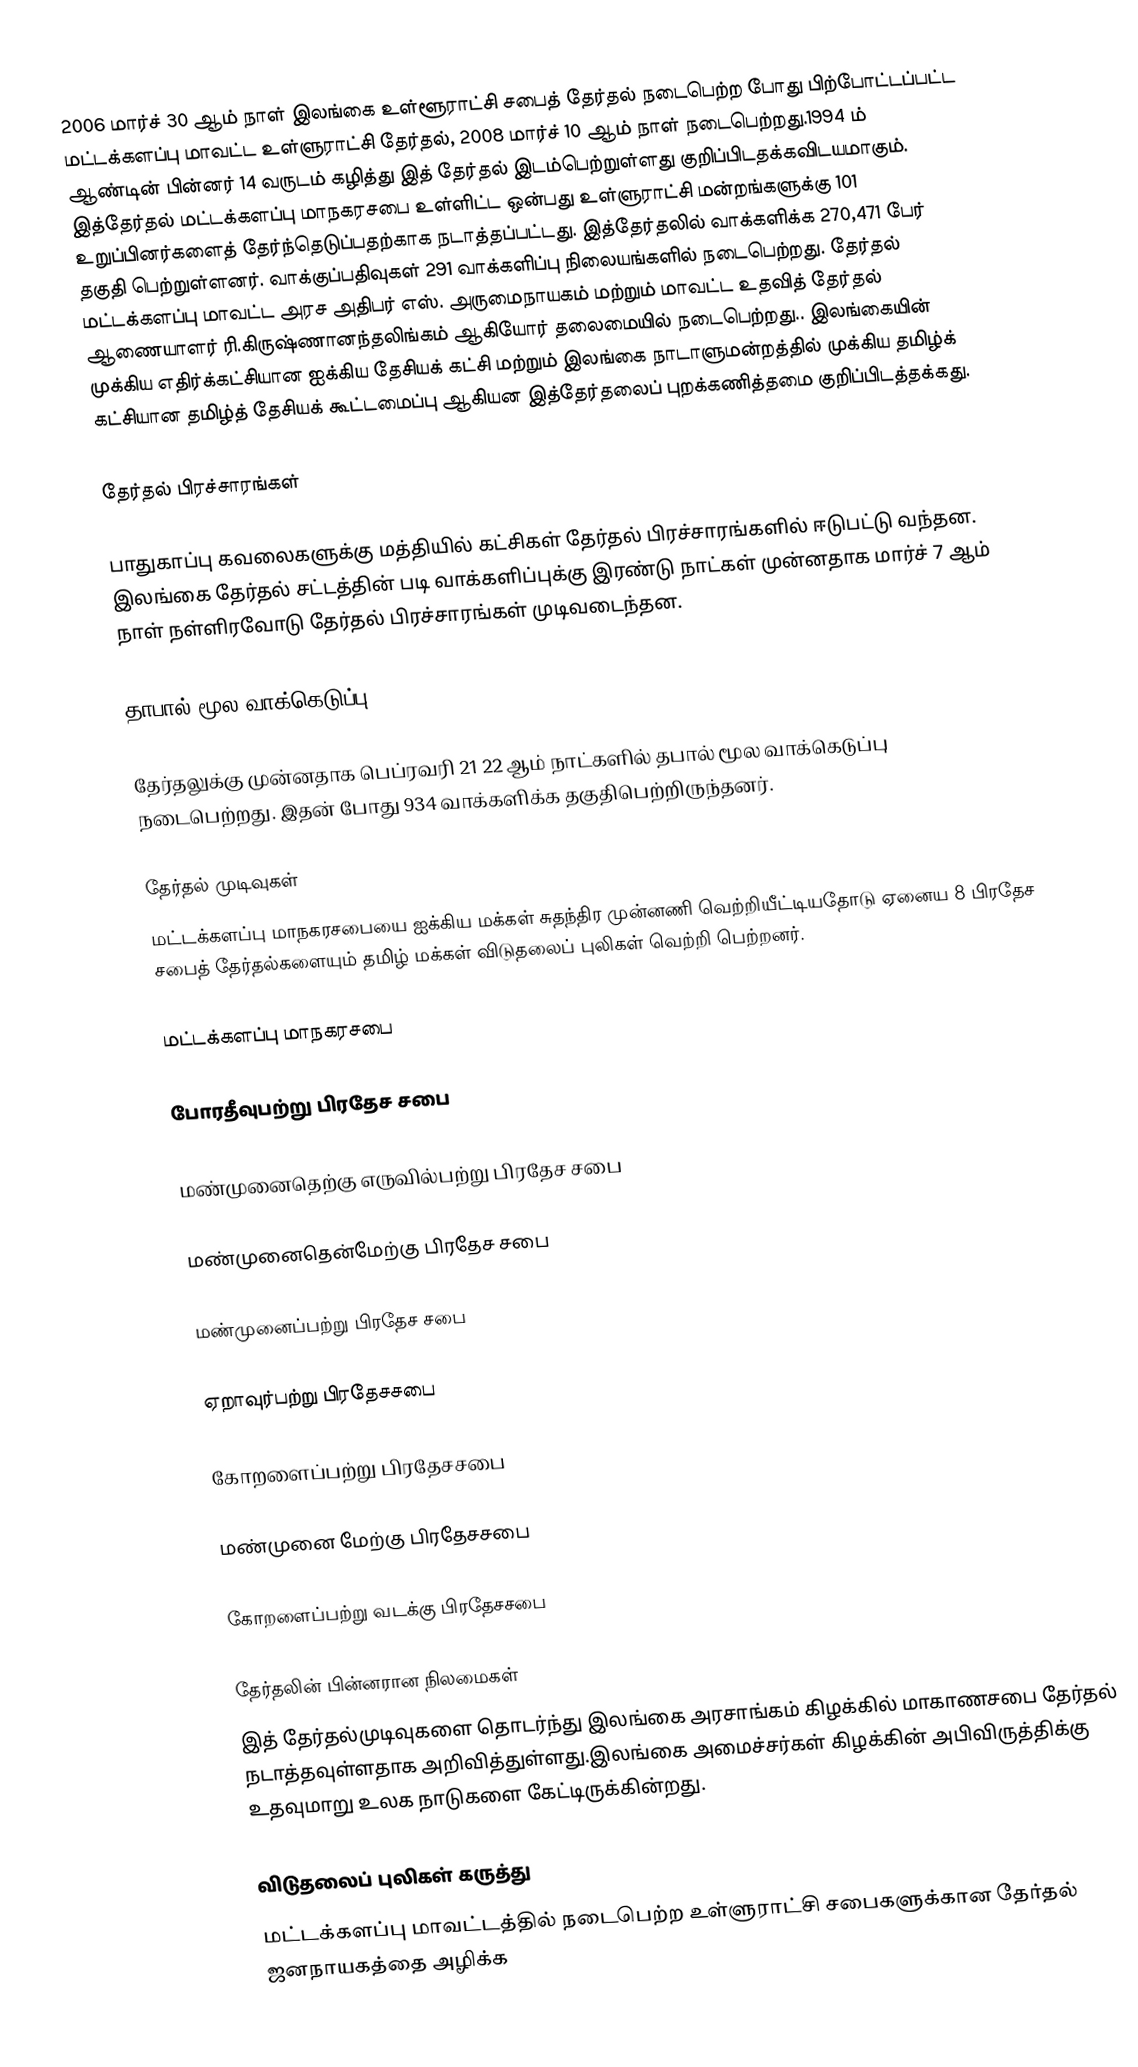
2006 மார்ச் 30 ஆம் நாள் இலங்கை உள்ளூராட்சி சபைத் தேர்தல் நடைபெற்ற போது பிற்போட்டப்பட்ட மட்டக்களப்பு மாவட்ட உள்ளுராட்சி தேர்தல், 2008 மார்ச் 10 ஆம் நாள் நடைபெற்றது.1994 ம் ஆண்டின் பின்னர் 14 வருடம் கழித்து இத் தேர்தல் இடம்பெற்றுள்ளது குறிப்பிடதக்கவிடயமாகும்.  இத்தேர்தல் மட்டக்களப்பு மாநகரசபை உள்ளிட்ட ஒன்பது உள்ளுராட்சி மன்றங்களுக்கு 101 உறுப்பினர்களைத் தேர்ந்தெடுப்பதற்காக நடாத்தப்பட்டது. இத்தேர்தலில் வாக்களிக்க 270,471 பேர் தகுதி பெற்றுள்ளனர். வாக்குப்பதிவுகள் 291 வாக்களிப்பு நிலையங்களில் நடைபெற்றது. தேர்தல் மட்டக்களப்பு மாவட்ட அரச அதிபர் எஸ். அருமைநாயகம் மற்றும் மாவட்ட உதவித் தேர்தல் ஆணையாளர் ரி.கிருஷ்ணானந்தலிங்கம் ஆகியோர் தலைமையில் நடைபெற்றது.. இலங்கையின் முக்கிய எதிர்க்கட்சியான ஐக்கிய தேசியக் கட்சி மற்றும் இலங்கை நாடாளுமன்றத்தில் முக்கிய தமிழ்க் கட்சியான தமிழ்த் தேசியக் கூட்டமைப்பு ஆகியன இத்தேர்தலைப் புறக்கணித்தமை குறிப்பிடத்தக்கது.

தேர்தல் பிரச்சாரங்கள்

பாதுகாப்பு கவலைகளுக்கு மத்தியில் கட்சிகள் தேர்தல் பிரச்சாரங்களில் ஈடுபட்டு வந்தன. இலங்கை தேர்தல் சட்டத்தின் படி வாக்களிப்புக்கு இரண்டு நாட்கள் முன்னதாக மார்ச் 7 ஆம் நாள் நள்ளிரவோடு தேர்தல் பிரச்சாரங்கள் முடிவடைந்தன.

தாபால் மூல வாக்கெடுப்பு

தேர்தலுக்கு முன்னதாக பெப்ரவரி 21 22 ஆம் நாட்களில் தபால் மூல வாக்கெடுப்பு நடைபெற்றது. இதன் போது 934 வாக்களிக்க தகுதிபெற்றிருந்தனர்.

தேர்தல் முடிவுகள்
மட்டக்களப்பு மாநகரசபையை ஐக்கிய மக்கள் சுதந்திர முன்னணி வெற்றியீட்டியதோடு ஏனைய 8 பிரதேச சபைத் தேர்தல்களையும் தமிழ் மக்கள் விடுதலைப் புலிகள் வெற்றி பெற்றனர்.

மட்டக்களப்பு மாநகரசபை

போரதீவுபற்று பிரதேச சபை

மண்முனைதெற்கு எருவில்பற்று பிரதேச சபை

மண்முனைதென்மேற்கு பிரதேச சபை

மண்முனைப்பற்று பிரதேச சபை

ஏறாவுர்பற்று பிரதேசசபை

கோறளைப்பற்று பிரதேசசபை

மண்முனை மேற்கு பிரதேசசபை

கோறளைப்பற்று வடக்கு பிரதேசசபை

தேர்தலின் பின்னரான நிலமைகள்
இத் தேர்தல்முடிவுகளை தொடர்ந்து இலங்கை அரசாங்கம் கிழக்கில் மாகாணசபை தேர்தல் நடாத்தவுள்ளதாக அறிவித்துள்ளது.இலங்கை அமைச்சர்கள் கிழக்கின் அபிவிருத்திக்கு உதவுமாறு உலக நாடுகளை கேட்டிருக்கின்றது.

விடுதலைப் புலிகள் கருத்து
மட்டக்களப்பு மாவட்டத்தில் நடைபெற்ற உள்ளுராட்சி சபைகளுக்கான தேர்தல் ஜனநாயகத்தை அழிக்க